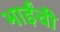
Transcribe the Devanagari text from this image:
भाईंची